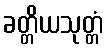
ခတ္တိယသုတ္တံ